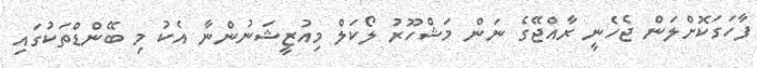
ފާހަގަކޮށްލަން ޖެހެނީ ރާއްޖޭގެ ނަން މަޝްހޫރު ލޯކަލް މިއުޒީޝަނުންނާ އެކު މި ބޭންޑްތަކުގައި